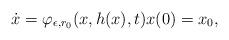
LaTeX: \begin{align*} \dot x = \varphi_{\epsilon, r_0}(x, h(x),t) x(0)=x_0, \end{align*}